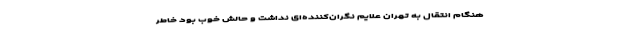
هنگام انتقال به تهران علایم نگران‌کننده‌ای نداشت و حالش خوب بود خاطر